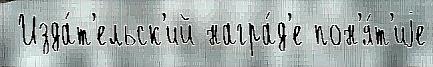
 Изда́т'ельск'ий награ́д'е пон'я́т'иjе